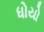
ધોયો